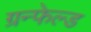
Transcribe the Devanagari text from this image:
ग्रन्फेल्ड